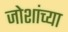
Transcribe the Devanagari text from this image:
जोशांच्या